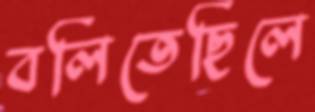
বলিতেছিলে